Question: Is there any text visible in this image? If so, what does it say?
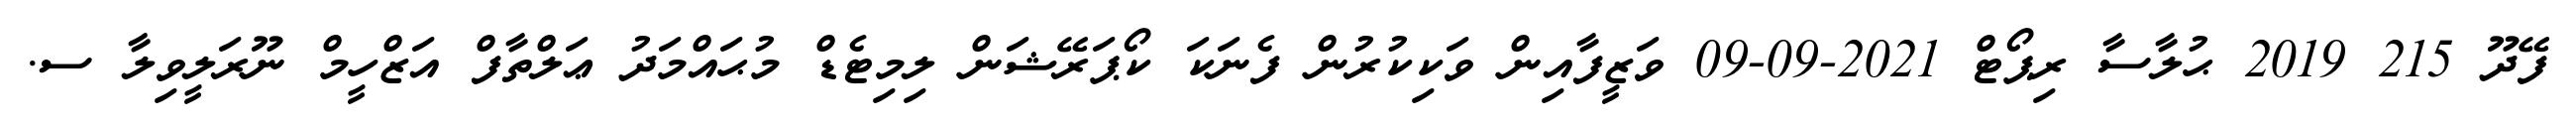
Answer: ފޭދޫ 215 2019 ޙުލާސާ ރިޕޯޓް 2021-09-09 ވަޒީފާއިން ވަކިކުރުން ފެނަކަ ކޯޕަރޭޝަން ލިމިޓެޑް މުޙައްމަދު ޢަލްތާފް އަޒްހީމް ނޫރަލީވިލާ ސ.